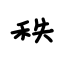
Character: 秩